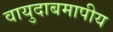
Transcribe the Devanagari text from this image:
वायुदाबमापीय